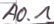
Text: A0.1